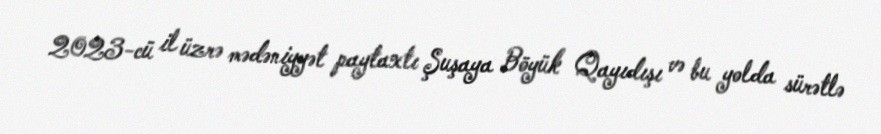
2023-cü il üzrə mədəniyyət paytaxtı Şuşaya Böyük Qayıdışı və bu yolda sürətlə